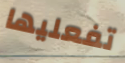
تفعليها